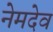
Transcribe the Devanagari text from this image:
नेमदेव